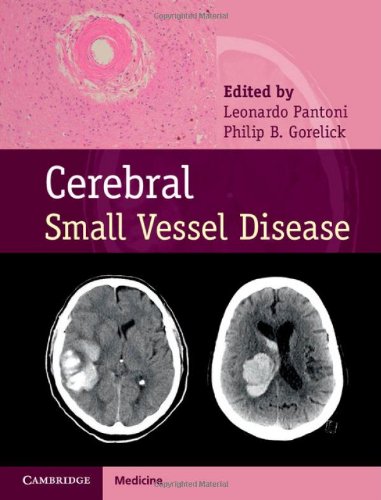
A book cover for Cerebral Small Vessel Disease; Health, Fitness & Dieting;